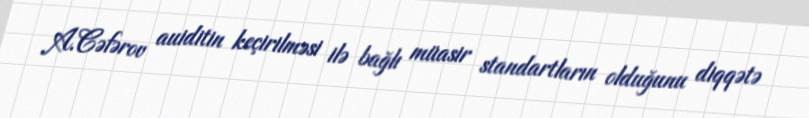
A.Cəfərov auiditin keçirilməsi ilə bağlı müasir standartların olduğunu diqqətə